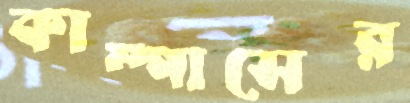
কাম্পাসের